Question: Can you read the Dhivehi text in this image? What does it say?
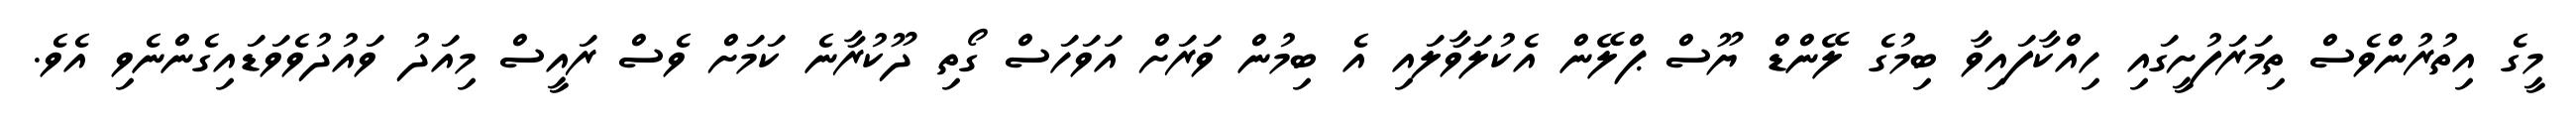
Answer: މީގެ އިތުރުންވެސް ތިމަރަފުށީގައި ހިއްކާފައިވާ ބިމުގެ ލޭންޑް ޔޫސް ޕްލޭން އެކުލަވާލައި އެ ބިމުން ވަރަށް އަވަހަސް ގޯތި ދޫކުރާނެ ކަމަށް ވެސް ރައީސް މިއަދު ވައުދުވެވަޑައިގެންނެވި އެވެ.